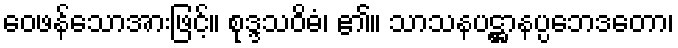
ဝေဖန်သောအားဖြင့်။ စုဒ္ဒသဝိဓံ၊ ၏။ သာသနပဋ္ဌာနပ္ပဘေဒတော၊